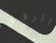
الرقيق